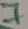
Text: 7